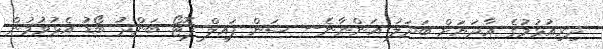
ދިރިއުޅުމުގެ އާދަޔަށް ބަދަލު އަންނާނެ-- ސަން ފައިލް ފޮޓޯ ބަންދު ބޯޑު އެޅުވުމުން